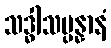
သဒ္ဓါသမ္ပန္နာနံ